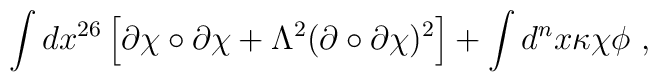
\int dx^{26} \left[ \partial \chi  \circ  \partial \chi + \Lambda^2 ( \partial \circ \partial \chi )^2 \right] + \int d^nx \kappa \chi \phi ~,